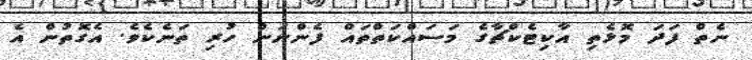
ނެތް ފަދަ މޮޅެތި އާކިޓެކްޗާގެ މަސައްކަތްތައް ފެންނަން ހުރި ތަނެކެވެ. އެގޮތުން އެ